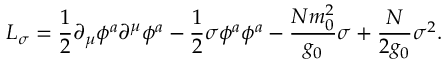
{ \cal L } _ { \sigma } = { \frac { 1 } { 2 } } \partial _ { \mu } \phi ^ { a } \partial ^ { \mu } \phi ^ { a } - { \frac { 1 } { 2 } } \sigma \phi ^ { a } \phi ^ { a } - { \frac { N m _ { 0 } ^ { 2 } } { g _ { 0 } } } \sigma + { \frac { N } { 2 g _ { 0 } } } \sigma ^ { 2 } .